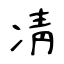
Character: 凊